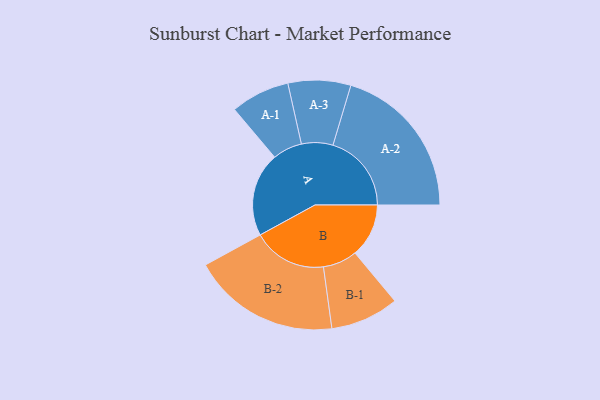
{"axis": {"x": "Segment", "y": "Value"}, "legend": ["", "A", "B"], "data": [{"x": "A", "y": 319, "type": ""}, {"x": "B", "y": 204, "type": ""}, {"x": "A-1", "y": 112, "type": "A"}, {"x": "A-2", "y": 298, "type": "A"}, {"x": "A-3", "y": 119, "type": "A"}, {"x": "B-1", "y": 130, "type": "B"}, {"x": "B-2", "y": 281, "type": "B"}]}